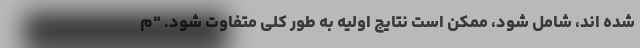
شده اند، شامل شود، ممکن است نتایج اولیه به طور کلی متفاوت شود. "م